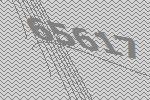
65617